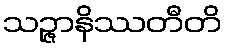
သဉ္ဇာနိဿတီတိ